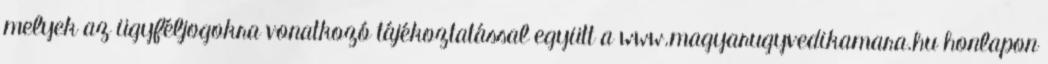
melyek az ügyféljogokra vonatkozó tájékoztatással együtt a www.magyarugyvedikamara.hu honlapon